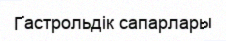
Гастрольдік сапарлары